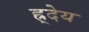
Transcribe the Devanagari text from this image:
ह्र्देय